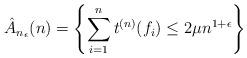
LaTeX: \begin{align*}\hat{A}_{n_{\epsilon}}(n) = \left\{\sum_{i=1}^{n}t^{(n)}(f_i) \leq 2\mu n^{1+\epsilon} \right\}\end{align*}